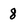
Character: 8